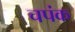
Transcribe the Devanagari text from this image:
चपंक